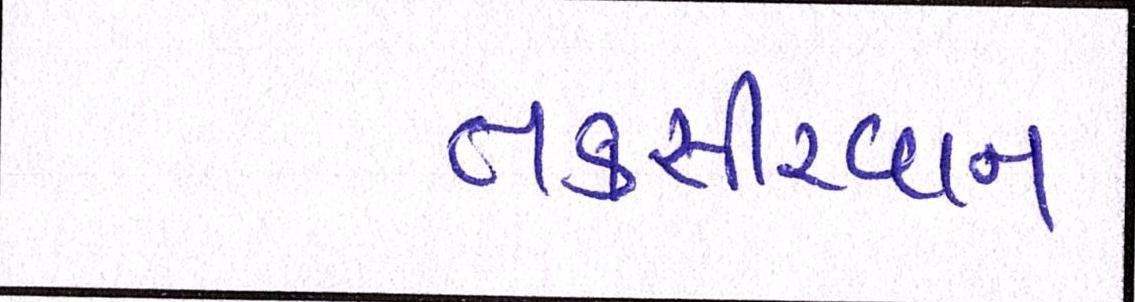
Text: તકસીરવાન